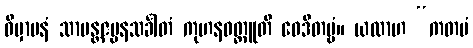
ဝိမှာပနံ သာမန္တဇပ္ပနသင်္ခါတံ ကုဟနဝတ္ထူတိ ဝေဒိတဗ္ဗံ။ ယထာဟ “ကတမံ